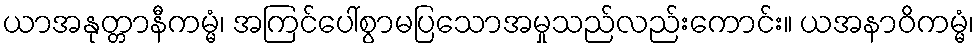
ယာအနုတ္တာနီကမ္မံ၊ အကြင်ပေါ်စွာမပြသောအမှုသည်လည်းကောင်း။ ယအနာဝိကမ္မံ၊